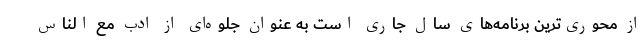
از محوری‌ترین برنامه‌های سال جاری است به عنوان جلوه‌ای از ادب مع الناس